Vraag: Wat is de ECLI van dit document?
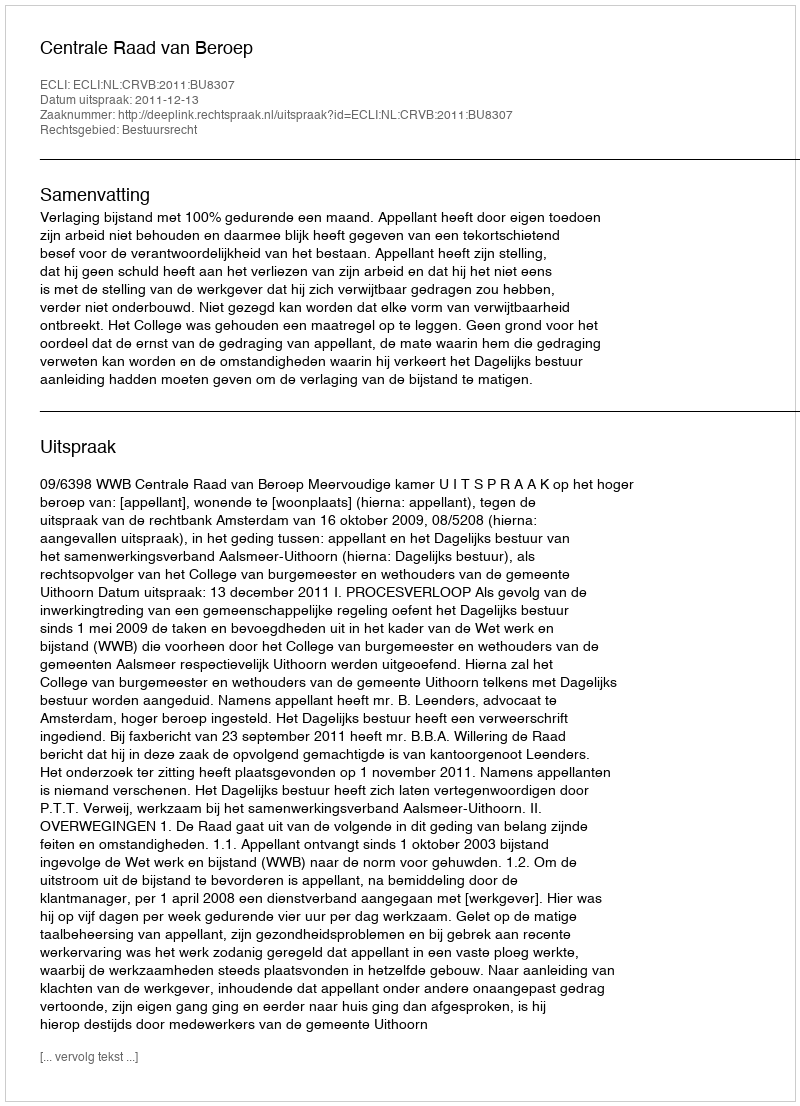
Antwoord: ECLI:NL:CRVB:2011:BU8307